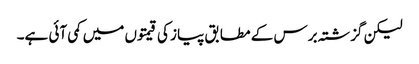
لیکن گزشتہ برس کے مطابق پیاز کی قیمتوں میں کمی آئی ہے۔